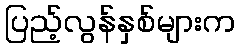
ပြည့်လွန်နှစ်များက